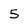
Character: 5